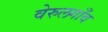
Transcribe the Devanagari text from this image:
वेरुलगाँव